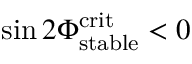
\sin 2 \Phi _ { \mathrm { s t a b l e } } ^ { \mathrm { c r i t } } < 0